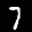
Label: 7